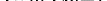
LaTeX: \smash{\{ z_{m}\} _{m=1}^{M}}